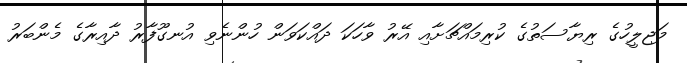
މަޖިލީހުގެ ރިޔާސަތުގެ ކުރިމައްޗަށާއި އޭރު ވާހަކަ ދައްކަވަން ހުންނެވި އުނގޫފާރު ދާއިރާގެ މެންބަރު